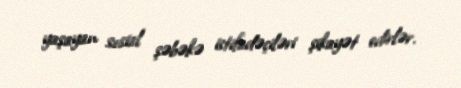
yaşayan sosial şəbəkə istifadəçiləri şikayət edirlər.